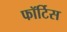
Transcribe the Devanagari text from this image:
फॉर्टिस